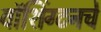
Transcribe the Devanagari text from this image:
वॉशिंग्टनचे